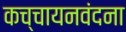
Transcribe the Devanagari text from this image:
कच्चायनवंदना